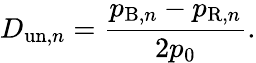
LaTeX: D_{\mathrm{un},n}=\frac{p_{\mathrm{B},n}-p_{\mathrm{R},n}}{2p_{0}}.